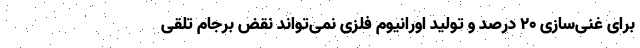
برای غنی‌سازی ۲۰ درصد و تولید اورانیوم فلزی نمی‌تواند نقض برجام تلقی